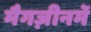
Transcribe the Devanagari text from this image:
मैगज़ीनमें